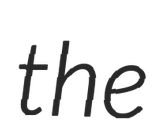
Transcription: the